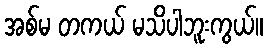
အစ်မ တကယ် မသိပါဘူးကွယ်။